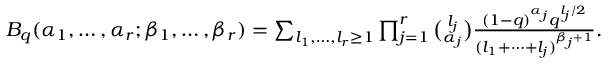
\begin{array} { r } { B _ { q } ( \alpha _ { 1 } , \ldots , \alpha _ { r } ; \beta _ { 1 } , \ldots , \beta _ { r } ) = \sum _ { l _ { 1 } , \ldots , l _ { r } \ge 1 } \prod _ { j = 1 } ^ { r } \binom { l _ { j } } { \alpha _ { j } } \frac { ( 1 - q ) ^ { \alpha _ { j } } q ^ { l _ { j } / 2 } } { ( l _ { 1 } + \cdots + l _ { j } ) ^ { \beta _ { j } + 1 } } . } \end{array}